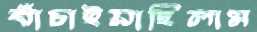
বাঁচাইয়াছিলাম